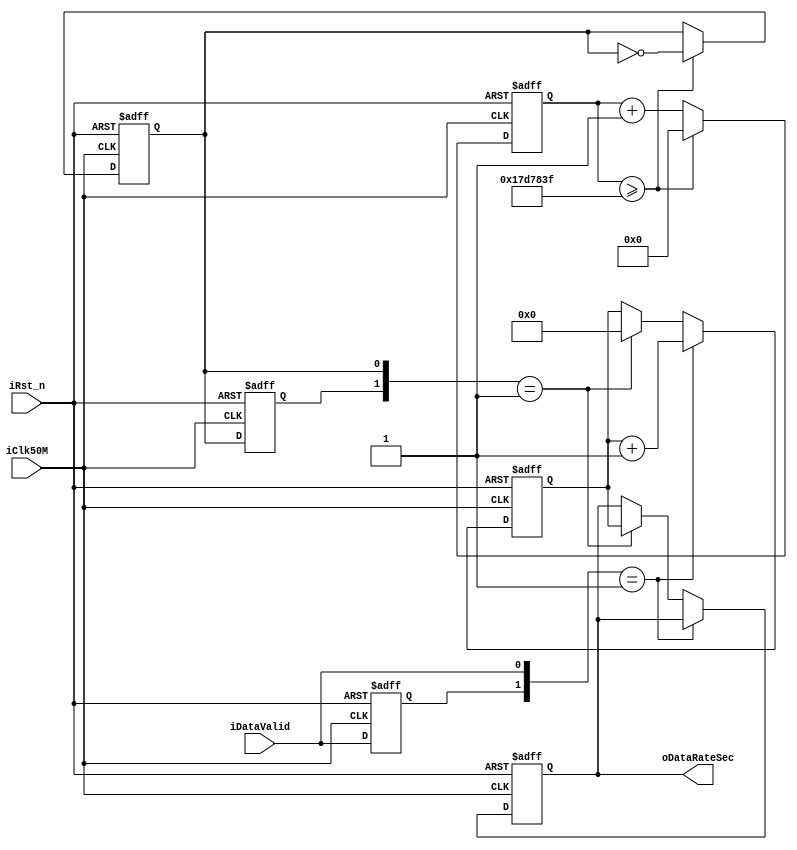
module  DataCalcRate(
                 iClk50M,
                 iRst_n,
                 
                 iDataValid,
                 oDataRateSec,
                 
                 );

input                 iClk50M;
input                 iRst_n;
                 
input                 iDataValid;
output  [15:0]        oDataRateSec;

reg     [31:0]              rCnt1Hz;
reg                         rClk1Hz;


always@(posedge iClk50M or negedge iRst_n)begin
    if(!iRst_n) begin
        rCnt1Hz <= 0; rClk1Hz<=0;
    end else begin
        if(rCnt1Hz >= (50000000/2-1))begin
            rClk1Hz <= ~rClk1Hz;
            rCnt1Hz<= 0;
        end
        else begin
            rCnt1Hz<= rCnt1Hz+1;
            rClk1Hz <= rClk1Hz;
        end
    end
end
reg         rPreDval, rPreClk1Hz;
reg [15:0]  rCnt, rFPS;
assign oDataRateSec = rFPS;

/*  */
always@(posedge iClk50M or negedge iRst_n)begin
    if(!iRst_n) begin
        rPreDval <= 0; rPreClk1Hz<=0; rCnt <= 0; rFPS <= 0;
    end else begin
        rPreDval <= iDataValid; rPreClk1Hz <= rClk1Hz; rCnt <= rCnt; rFPS <= rFPS;
        if({rPreDval, iDataValid}==2'b01) begin
            rCnt <= rCnt+1;
        end else if({rPreClk1Hz, rClk1Hz}==2'b01)begin
            rCnt <= 0;
            rFPS <= rCnt;
        end
    end
end

endmodule